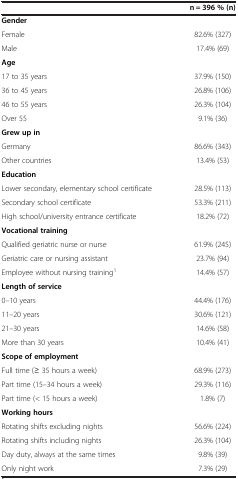
<table><thead><tr><td><b> </b></td><td><b>n = 396 % (n)</b></td></tr></thead><tbody><tr><td><b>Gender</b></td><td> </td></tr><tr><td>Female</td><td>82.6% (327)</td></tr><tr><td>Male</td><td>17.4% (69)</td></tr><tr><td><b>Age</b></td><td> </td></tr><tr><td>17 to 35 years</td><td>37.9% (150)</td></tr><tr><td>36 to 45 years</td><td>26.8% (106)</td></tr><tr><td>46 to 55 years</td><td>26.3% (104)</td></tr><tr><td>Over 55</td><td>9.1% (36)</td></tr><tr><td><b>Grew up in</b></td><td> </td></tr><tr><td>Germany</td><td>86.6% (343)</td></tr><tr><td>Other countries</td><td>13.4% (53)</td></tr><tr><td><b>Education</b></td><td> </td></tr><tr><td>Lower secondary, elementary school certificate</td><td>28.5% (113)</td></tr><tr><td>Secondary school certificate</td><td>53.3% (211)</td></tr><tr><td>High school/university entrance certificate</td><td>18.2% (72)</td></tr><tr><td><b>Vocational training</b></td><td> </td></tr><tr><td>Qualified geriatric nurse or nurse</td><td>61.9% (245)</td></tr><tr><td>Geriatric care or nursing assistant</td><td>23.7% (94)</td></tr><tr><td>Employee without nursing training<sup>1</sup></td><td>14.4% (57)</td></tr><tr><td><b>Length of service</b></td><td> </td></tr><tr><td>0–10 years</td><td>44.4% (176)</td></tr><tr><td>11–20 years</td><td>30.6% (121)</td></tr><tr><td>21–30 years</td><td>14.6% (58)</td></tr><tr><td>More than 30 years</td><td>10.4% (41)</td></tr><tr><td><b>Scope of employment</b></td><td> </td></tr><tr><td>Full time (≥ 35 hours a week)</td><td>68.9% (273)</td></tr><tr><td>Part time (15–34 hours a week)</td><td>29.3% (116)</td></tr><tr><td>Part time (&lt; 15 hours a week)</td><td>1.8% (7)</td></tr><tr><td><b>Working hours</b></td><td> </td></tr><tr><td>Rotating shifts excluding nights</td><td>56.6% (224)</td></tr><tr><td>Rotating shifts including nights</td><td>26.3% (104)</td></tr><tr><td>Day duty, always at the same times</td><td>9.8% (39)</td></tr><tr><td>Only night work</td><td>7.3% (29)</td></tr></tbody></table>